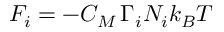
F _ { i } = - C _ { M } \, \Gamma _ { i } N _ { i } k _ { B } T